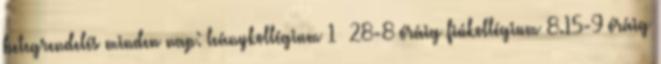
betegrendelés minden nap: leánykollégium 1 28-8 óráig fiúkollégium 8.15-9 óráig